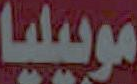
موبيليا